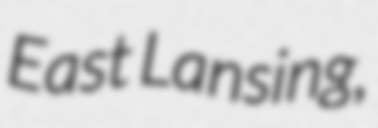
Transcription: East Lansing,